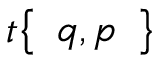
t { \left\{ \begin{array} { l } { q , p } \end{array} \right\} }